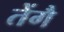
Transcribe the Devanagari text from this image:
तेंगै